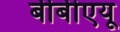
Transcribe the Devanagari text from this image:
बीबीएयू